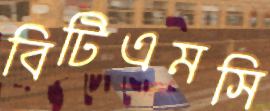
বিটিএমসি